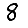
Digit: 8